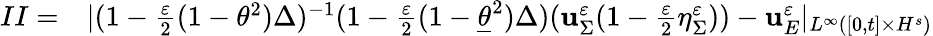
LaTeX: \begin{array}{rl}{II=}&{{}|(1-\frac{\varepsilon}{2}(1-\theta^{2})\Delta)^{-1}(1-\frac{\varepsilon}{2}(1-\underline{{\theta}}^{2})\Delta)(\mathbf{u}_{\Sigma}^{\varepsilon}(1-\frac{\varepsilon}{2}\eta_{\Sigma}^{\varepsilon}))-\mathbf{u}_{E}^{\varepsilon}|_{L^{\infty}([0,t]\times H^{s})}}\end{array}